Report of the Indian Hemp Drugs Commission, 1894-1895 - Volume IV
Year: 1894
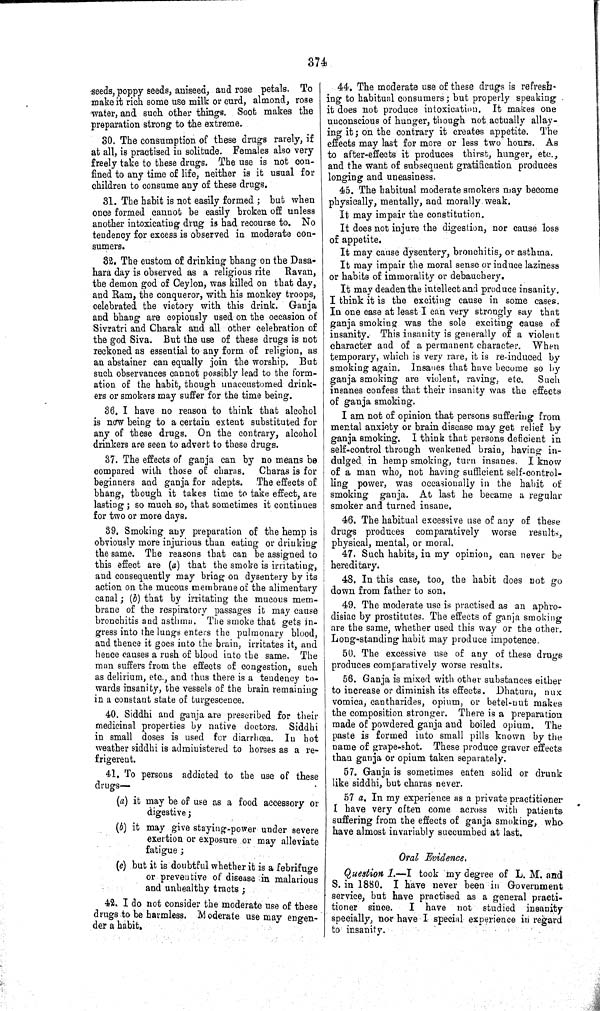
374
seeds, poppy seeds, aniseed, and rose petals. To
make it rich some use milk or curd, almond, rose
water, and such other things. Soot makes the
preparation strong to the extreme.
30. The consumption of these drugs rarely, if
at all, is practised in solitude. Females also very
freely take to these drugs. The use is not con-
fined to any time of life, neither is it usual for
children to consume any of these drugs.
31. The habit is not easily formed; but when
once formed cannot be easily broken off unless
another intoxicating drug is had recourse to. No
tendency for excess is observed in moderate con-
sumers.
32. The custom of drinking bhang on the Dasa-
hara day is observed as a religious rite Ravan,
the demon god of Ceylon, was killed on that day,
and Ram, the conqueror, with his monkey troops,
celebrated the victory with this drink. Ganja
and bhang are copiously used on the occasion of
Sivratri and Charak and all other celebration of
the god Siva. But the use of these drugs is not
reckoned as essential to any form of religion, as
an abstainer can equally join the worship. But
such observances cannot possibly lead to the form-
ation of the habit, though unaccustomed drink-
ers or smokers may suffer for the time being.
36. I have no reason to think that alcohol
is now being to a certain extent substituted for
any of these drugs. On the contrary, alcohol
drinkers are seen to advert to these drugs.
37. The effects of ganja can by no means be
compared with those of charas. Charas is for
beginners and ganja for adepts. The effects of
bhang, though it takes time to take effect, are
lasting; so much so, that sometimes it continues
for two or more days.
39. Smoking any preparation of the hemp is
obviously more injurious than eating or drinking
the same. The reasons that can be assigned to
this effect are (a) that the smoke is irritating,
and consequently may bring on dysentery by its
action on the mucous membrane of the alimentary
canal; (b) that by irritating the mucous mem-
brane of the respiratory passages it may cause
bronchitis and asthma. The smoke that gets in-
gress into the lungs enters the pulmonary blood,
and thence it goes into the brain, irritates it, and
hence causes a rush of blood into the same. The
man suffers from the effects of congestion, such
as delirium, etc., and thus there is a tendency to-
wards insanity, the vessels of the brain remaining
in a constant state of turgescence.
40. Siddhi and ganja are prescribed for their
medicinal properties by native doctors. Siddhi
in small doses is used for diarrhœa. In hot
weather siddhi is administered to horses as a re-
frigerent.
41. To persons addicted to the use of these
drugs—
(a) it may be of use as a food accessory or
digestive;
(b) it may give staying-power under severe
exertion or exposure or may alleviate
fatigue;
(c) but it is doubtful whether it is a febrifuge
or preventive of disease in malarious
and unhealthy tracts;
42. I do not consider the moderate use of these
drugs to be harmless. Moderate use may engen-
der a habit.
44. The moderate use of these drugs is refresh-
ing to habitual consumers; but properly speaking
it does not produce intoxication. It makes one
unconscious of hunger, though not actually allay-
ing it; on the contrary it creates appetite. The
effects may last for more or less two hours. As
to after-effects it produces thirst, hunger, etc.,
and the want of subsequent gratification produces
longing and uneasiness.
45. The habitual moderate smokers may become
physically, mentally, and morally weak.
It may impair the constitution.
It does not injure the digestion, nor cause loss
of appetite.
It may cause dysentery, bronchitis, or asthma.
It may impair the moral sense or induce laziness
or habits of immorality or debauchery.
It may deaden the intellect and produce insanity.
I think it is the exciting cause in some cases.
In one case at least I can very strongly say that
ganja smoking was the sole exciting cause of
insanity. This insanity is generally of a violent
character and of a permanent character. When
temporary, which is very rare, it is re-induced by
smoking again. Insanes that have become so by
ganja smoking are violent, raving, etc.
Such
insanes confess that their insanity was the effects
of ganja smoking.
I am not of opinion that persons suffering from
mental anxiety or brain disease may get relief by
ganja smoking. I think that persons deficient in
self-control through weakened brain, having in-
dulged in hemp smoking, turn insanes. I know
of a man who, not having sufficient self-control-
ling power, was occasionally in the habit of
smoking ganja. At last he became a regular
smoker and turned insane.
46. The habitual excessive use of any of these
drugs produces comparatively worse results,
physical, mental, or moral.
47. Such habits, in my opinion, can never be
hereditary.
48. In this case, too, the habit does not go
down from father to son.
49. The moderate use is practised as an aphro-
disiac by prostitutes. The effects of ganja smoking
are the same, whether used this way or the other.
Long-standing habit may produce impotence.
50. The excessive use of any of these drugs
produces comparatively worse results.
56. Ganja is mixed with other substances either
to increase or diminish its effects. Dhatura, nux
vomica, cantharides, opium, or betel-nut makes
the composition stronger. There is a preparation
made of powdered ganja and boiled opium. The
paste is formed into small pills known by the
name of grape-shot. These produce graver effects
than ganja or opium taken separately.
57. Ganja is sometimes eaten solid or drunk
like siddhi, but charas never.
57 a. In my experience as a private practitioner
I have very often come across with patients
suffering from the effects of ganja smoking, who
have almost invariably succumbed at last.
Oral Evidence.
Question 1.—I took my degree of L. M. and
S. in 1880. I have never been in Government
service, but have practised as a general practi-
tioner since.
I have not studied insanity
specially, nor have I special experience in regard
to insanity.